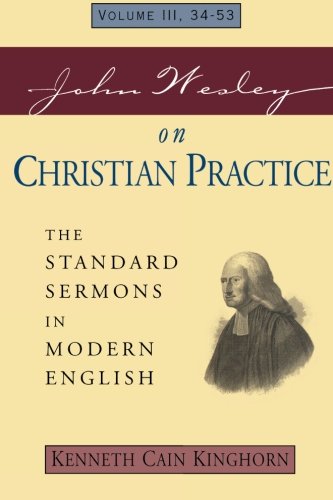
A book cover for John Wesley on Christian Practice Volume 3: The Standard Sermons in Modern English Vol. 3, 34-53 (Standard Sermons of John Wesley); Kenneth Cain Kinghorn; Christian Books & Bibles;